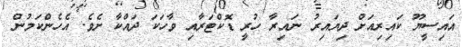
އައިސީޔޫ ކައިރިއަށް ދިޔައިރު ނައިރާ ހުރިީ ޑޮކްޓަރާއި ވާހަކަ ދައްކާ ށެވެ. އެހެންކަމުން